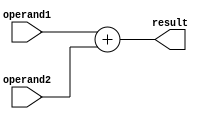
module fixed_point_addition
(
input signed [15:0] operand1,
input signed [15:0] operand2,
output reg signed [15:0] result
);

always @(*)
begin
    result = operand1 + operand2;
end

endmodule